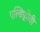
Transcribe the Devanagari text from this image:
एल्डिफ़्रोवी